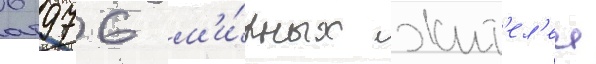
6 976 м'и́рных жит'ел'еи